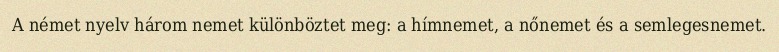
A német nyelv három nemet különböztet meg: a hímnemet, a nőnemet és a semlegesnemet.